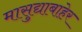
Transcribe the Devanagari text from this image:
मासुद्याबाहेर